Source: Handwritten
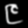
Digit: ၉ (9)